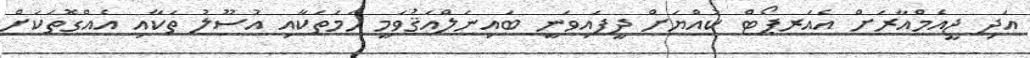
އަދި ޖީއެމްއާރަށް އެއަރޕޯޓް ކުއްޔަށް ދީފައިވަނީ ބައިނަލްއަޤުވަމީ ހަމަތަކާއި އުސޫލު ތަކާއި އެއްގޮތަކަށް